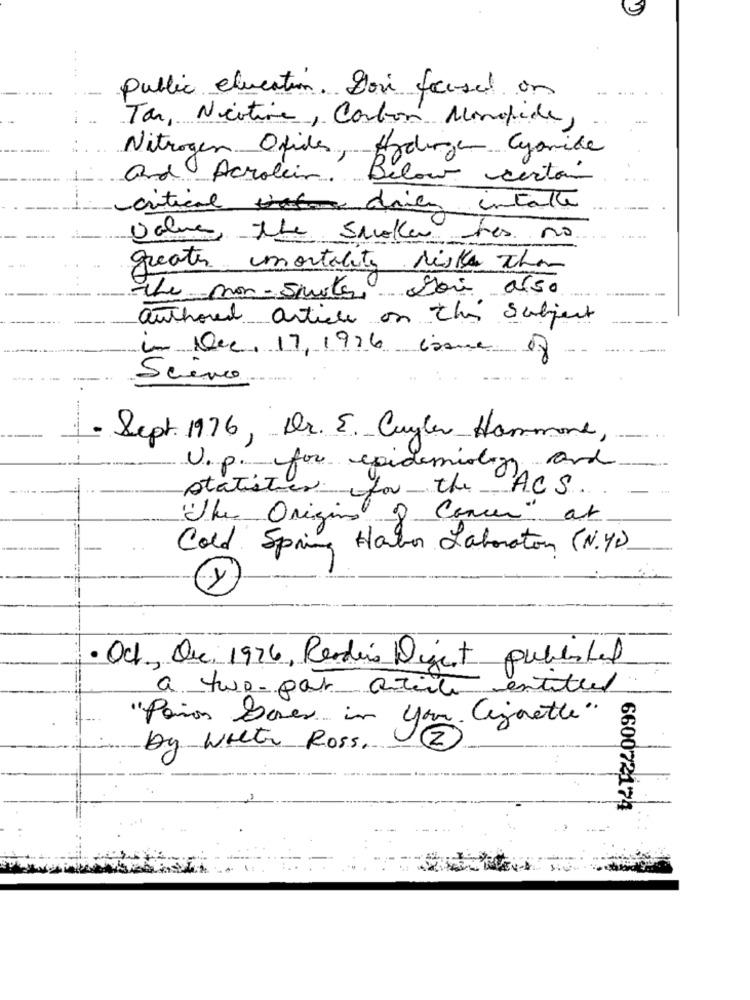
Public education. Dou facsal on
Tar, Nicotine, Carbon Monoxide,
Nitrogen Ofides, Hydrogen Cyanide
and Acrolein ..
Below certain
critical driven intakte
value the smoker hos no
greater mortality riske than
the non-smokers son also
authored article on this Subject
in Dec. 17, 1976 isme
Scène
- Sept. 1976, Dr. E. Cuyler Hammone,
U.p. for epidemiology and
statister for the ACS
The Origins of Concer" at
Cold Spring Harbor Laboration (N.Y)
· Och, Que 1976, Reader's Digest publishal
a two-par article entitled
"Paños Doses in your. Cigarette"
by With Ross.
12
660072174